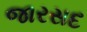
જારસદ